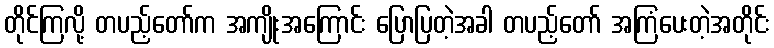
တိုင်ကြလို့ တပည့်တော်က အကျိုးအကြောင်း ပြောပြတဲ့အခါ တပည့်တော် အကြံပေးတဲ့အတိုင်း